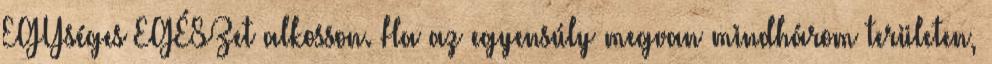
EGYséges EGÉSZet alkosson. Ha az egyensúly megvan mindhárom területen,